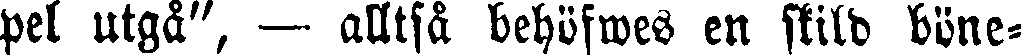
pel utgå", — alltså behöfwes en stild böne-